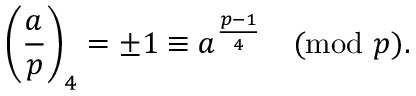
{ \Bigg ( } { \frac { a } { p } } { \Bigg ) } _ { 4 } = \pm 1 \equiv a ^ { \frac { p - 1 } { 4 } } { \pmod { p } } .